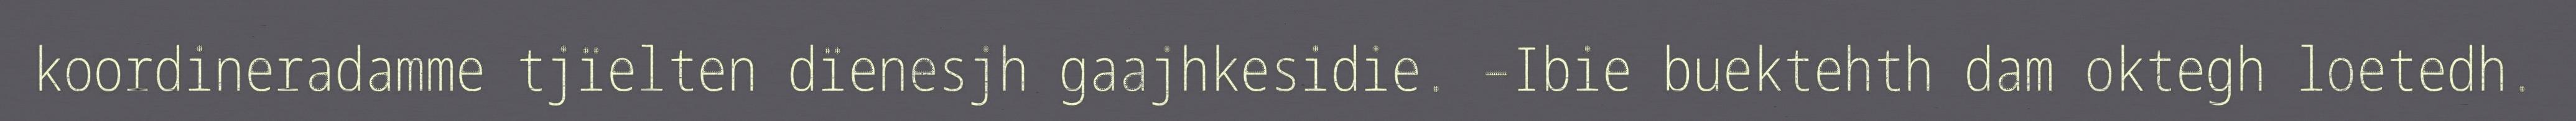
koordineradamme tjïelten dïenesjh gaajhkesidie. –Ibie buektehth dam oktegh loetedh.